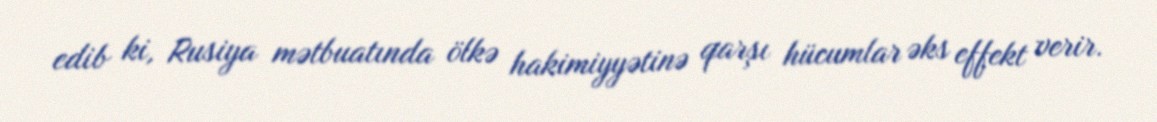
edib ki, Rusiya mətbuatında ölkə hakimiyyətinə qarşı hücumlar əks effekt verir.